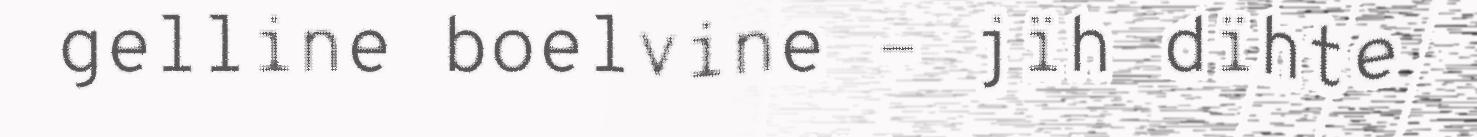
gelline boelvine – jïh dïhte